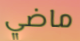
ماضي